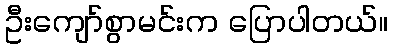
ဦးကျော်စွာမင်းက ပြောပါတယ်။